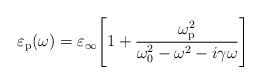
LaTeX: \begin{align*}\varepsilon_\mathrm{p}(\omega) = \varepsilon_\infty\Bigg[1+\dfrac{\omega_\mathrm{p}^2}{\omega_0^2-\omega^2-i\gamma\omega} \Bigg]\end{align*}